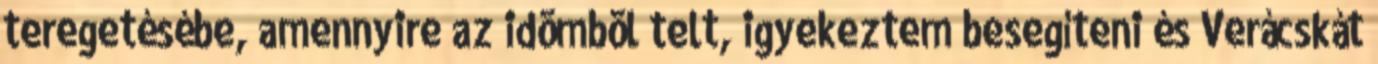
teregetésébe, amennyire az idõmbõl telt, igyekeztem besegíteni és Verácskát